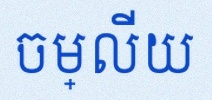
ចម្លើយ